画像に写った文字を読んでください
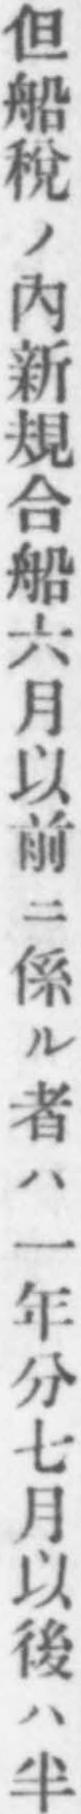
「但船稅ノ內新規合船六月以前ニ係ル者ハ一年分七月以後ハ半」と書いてあります